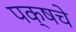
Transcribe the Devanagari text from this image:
पक्षचे